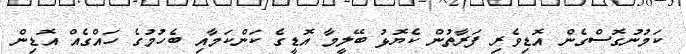
ކަމުނުގޮސްގެން އޮޑިވެރި ފަރާތުން ކެޔޮޅު ބޭލީމާ އޮޑީގެ ކަންކަމާއި ބެހުމުގެ ހައްގެއް އޮޑިން